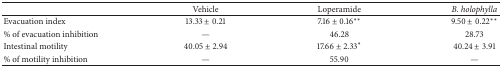
|  | Vehicle | Loperamide | B. holophylla |
 | --- | --- | --- | --- |
 | Evacuation index | 13.33 ± 0.21 | 7.16 ± 0.16∗∗ | 9.50 ± 0.22∗∗ |
 | % of evacuation inhibition | — | 46.28 | 28.73 |
 | Intestinal motility | 40.05 ± 2.94 | 17.66 ± 2.33∗ | 40.24 ± 3.91 |
 | % of motility inhibition | — | 55.90 | — |